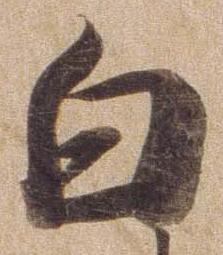
白